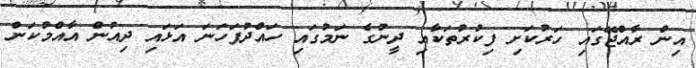
އިން ރާއްޖޭގައި ހަރުކަށި ފިކުރުތަކާއި ދީނުގެ ނަމުގައި ހައްދުފަހަނަ އަޅައި ދިއުން އާއްމުކަން